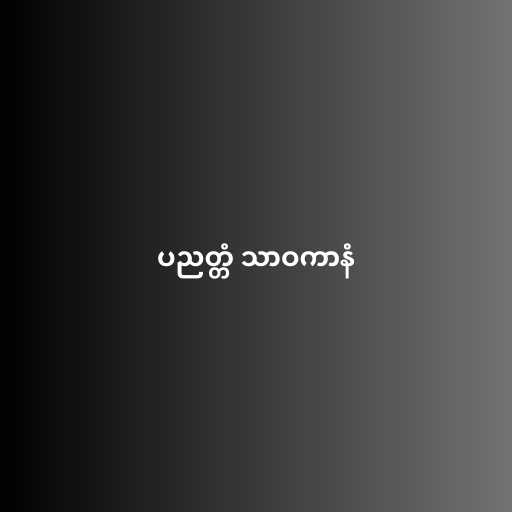
ပညတ္တံ သာဝကာနံ